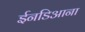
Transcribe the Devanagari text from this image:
ईनडिआना